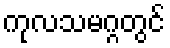
ကုလသမဂ္ဂတွင်